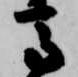
馬